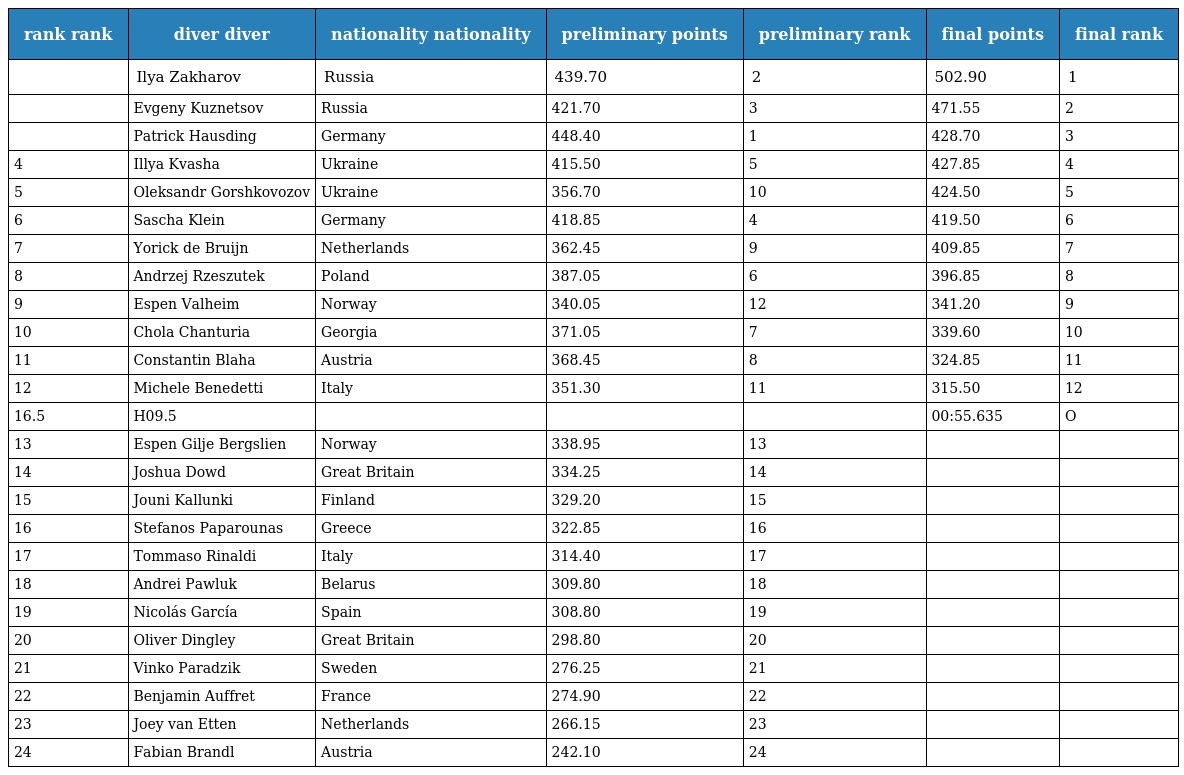
| rank rank | diver diver | nationality nationality | preliminary points | preliminary rank | final points | final rank |
 | --- | --- | --- | --- | --- | --- | --- |
 |  | Ilya Zakharov | Russia | 439.70 | 2 | 502.90 | 1 |
 |  | Evgeny Kuznetsov | Russia | 421.70 | 3 | 471.55 | 2 |
 |  | Patrick Hausding | Germany | 448.40 | 1 | 428.70 | 3 |
 | 4 | Illya Kvasha | Ukraine | 415.50 | 5 | 427.85 | 4 |
 | 5 | Oleksandr Gorshkovozov | Ukraine | 356.70 | 10 | 424.50 | 5 |
 | 6 | Sascha Klein | Germany | 418.85 | 4 | 419.50 | 6 |
 | 7 | Yorick de Bruijn | Netherlands | 362.45 | 9 | 409.85 | 7 |
 | 8 | Andrzej Rzeszutek | Poland | 387.05 | 6 | 396.85 | 8 |
 | 9 | Espen Valheim | Norway | 340.05 | 12 | 341.20 | 9 |
 | 10 | Chola Chanturia | Georgia | 371.05 | 7 | 339.60 | 10 |
 | 11 | Constantin Blaha | Austria | 368.45 | 8 | 324.85 | 11 |
 | 12 | Michele Benedetti | Italy | 351.30 | 11 | 315.50 | 12 |
 | 16.5 | H09.5 |  |  |  | 00:55.635 | O |
 | 13 | Espen Gilje Bergslien | Norway | 338.95 | 13 |  |  |
 | 14 | Joshua Dowd | Great Britain | 334.25 | 14 |  |  |
 | 15 | Jouni Kallunki | Finland | 329.20 | 15 |  |  |
 | 16 | Stefanos Paparounas | Greece | 322.85 | 16 |  |  |
 | 17 | Tommaso Rinaldi | Italy | 314.40 | 17 |  |  |
 | 18 | Andrei Pawluk | Belarus | 309.80 | 18 |  |  |
 | 19 | Nicolás García | Spain | 308.80 | 19 |  |  |
 | 20 | Oliver Dingley | Great Britain | 298.80 | 20 |  |  |
 | 21 | Vinko Paradzik | Sweden | 276.25 | 21 |  |  |
 | 22 | Benjamin Auffret | France | 274.90 | 22 |  |  |
 | 23 | Joey van Etten | Netherlands | 266.15 | 23 |  |  |
 | 24 | Fabian Brandl | Austria | 242.10 | 24 |  |  |